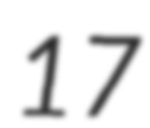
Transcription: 17